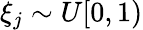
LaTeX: \xi_{j}\sim U[0,1)